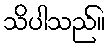
သိပါသည်။